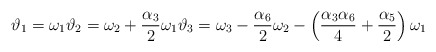
\begin{align*}\vartheta_{1} = \omega_{1} \vartheta_{2} = \omega_{2} + \frac{\alpha_{3}}{2} \omega_{1} \vartheta_{3} = \omega_{3} -\frac{\alpha_{6}}{2}\omega_{2} -\left(\frac{\alpha_{3}\alpha_{6}}{4} + \frac{\alpha_{5}}{2}\right)\omega_{1}\end{align*}